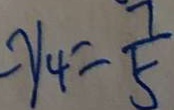
- y _ { 4 } = \frac { 7 } { 5 }